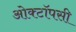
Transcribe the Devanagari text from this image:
ओक्टॉपसी